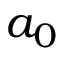
a _ { 0 }